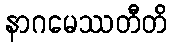
နာဂမေဿတီတိ